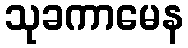
သုခကာမေန